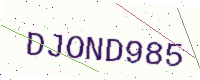
Text: DJOND985